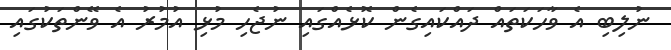
ނުލިބި އެ ވާހަކަތައް ދައްކައިގެން ކޮޅެއްގައި ނުޖެހި މުޅި އުމުރު އެ ވޭންތަކުގައި